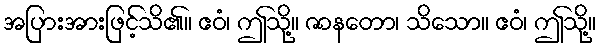
အပြားအားဖြင့်သိ၏။ ဧဝံ၊ ဤသို့။ ဇာနတော၊ သိသော။ ဧဝံ၊ ဤသို့။